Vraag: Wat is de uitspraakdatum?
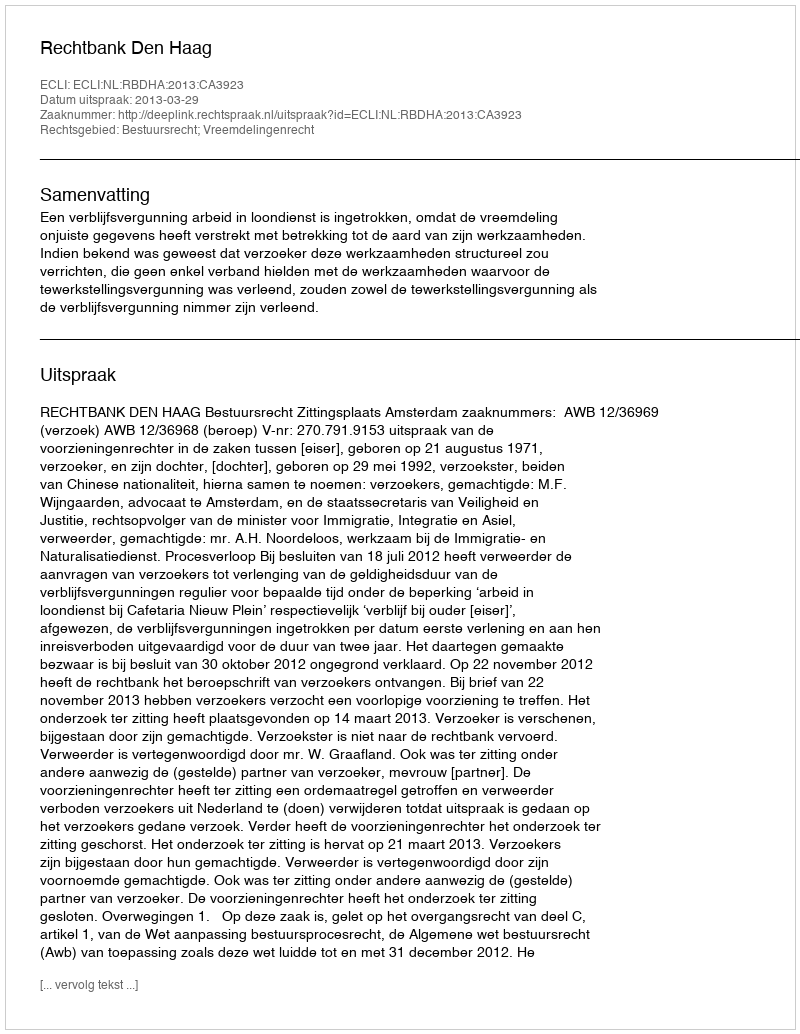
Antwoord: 2013-03-29